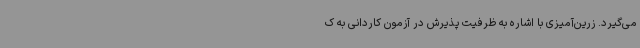
می‌گیرد. زرین‌آمیزی با اشاره به ظرفیت پذیرش در آزمون کاردانی به ک